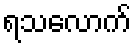
ရသလောက်